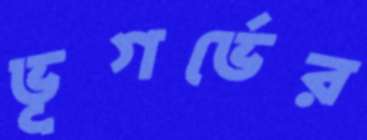
ভূগর্ভের